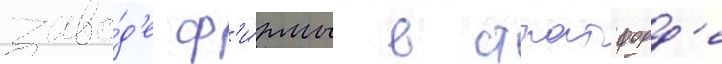
заво́д'е ф'и́рмы в стратфорд'е